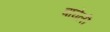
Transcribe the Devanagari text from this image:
बाघेली